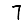
Digit: 7